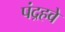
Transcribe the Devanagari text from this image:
पंद्रहवे